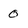
Character: 0